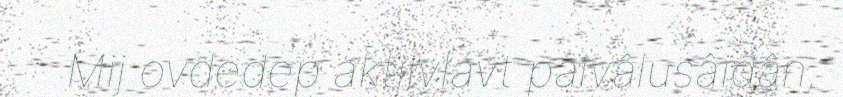
Mij ovdedep aktiivlávt palvâlusâidân,